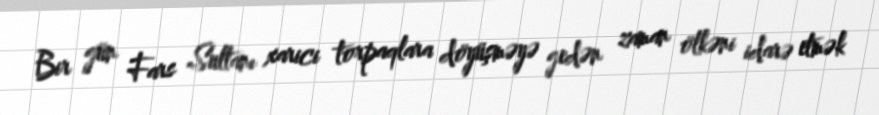
Bir gün Fars Sultanı xarici torpaqlara döyüşməyə gedən zaman ölkəni idarə etmək